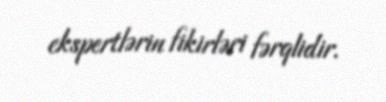
ekspertlərin fikirləri fərqlidir.